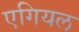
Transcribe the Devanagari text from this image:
एगियल